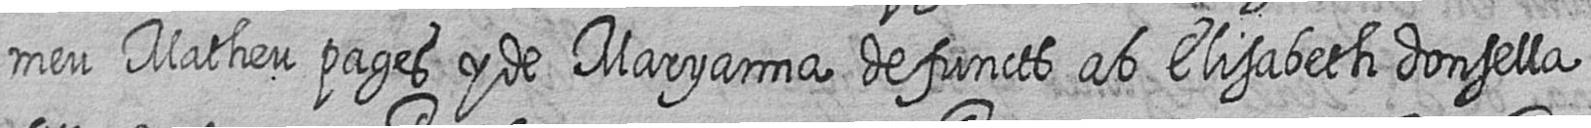
meu Matheu pages y de Maryanna defuncts ab Elisabeth donsella